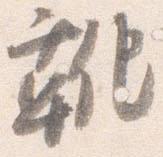
靴